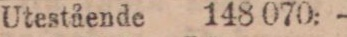
Utestående 148 070:—